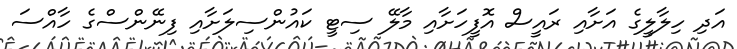
އަދި ހިލާލީގެ އަށާއި ރައީސް އޮފީހަށާއި މާލޭ ސިޓީ ކައުންސިލަށާއި ފިނޭންސްގެ ހާއްސަ